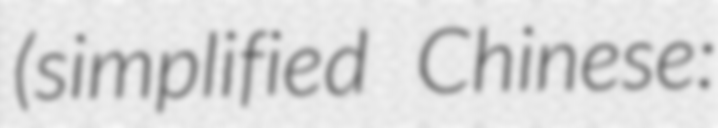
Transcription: (simplified Chinese: